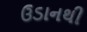
ઉડાનથી